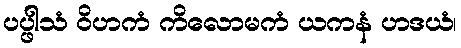
ပပ္ဖါသံ ဝိဟကံ ကိလောမကံ ယကနံ ဟဒယံ၊